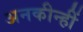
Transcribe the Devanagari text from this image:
अनकीन्‍हीं